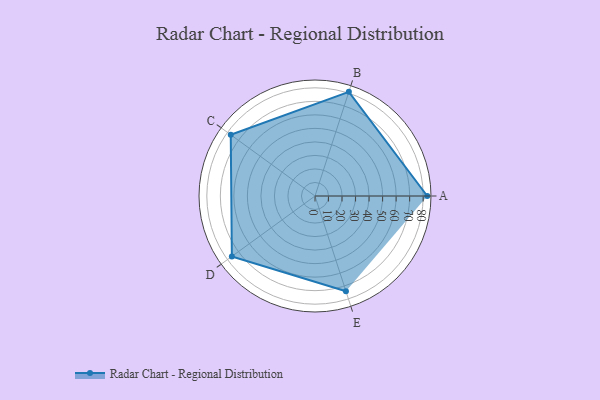
{"axis": {"x": "Skill", "y": "Score"}, "legend": ["Profile"], "data": [{"x": "A", "y": 83.0, "type": "Profile"}, {"x": "B", "y": 81.0, "type": "Profile"}, {"x": "C", "y": 77.0, "type": "Profile"}, {"x": "D", "y": 76.0, "type": "Profile"}, {"x": "E", "y": 74.0, "type": "Profile"}]}